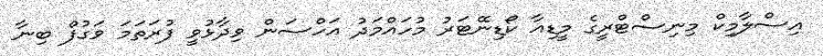
އިސްލާމިކް މިނިސްޓްރީގެ މީޑިއާ ކޯޑިނޭޓަރު މުހައްމަދު އަހްސަން ވިދާޅުވީ ފުރަތަމަ ވަގުފް ބިނާ